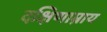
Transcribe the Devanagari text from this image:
दक्षिणाम्नाय